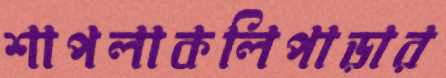
শাপলাকলিপাড়ার